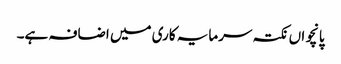
پانچواں نکتہ سرمایہ کاری میں اضافہ ہے۔